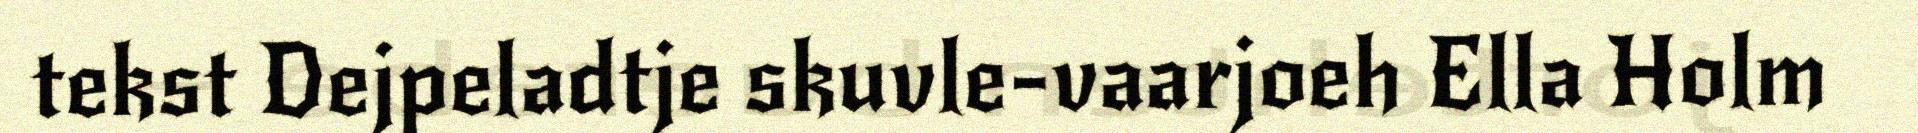
tekst Dejpeladtje skuvle-vaarjoeh Ella Holm